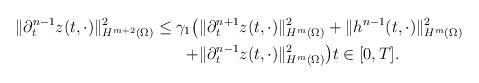
LaTeX: \begin{align*}\|\partial_{t}^{n - 1} z(t, \cdot)\|_{H^{m + 2}(\Omega)}^{2} \leq\gamma_{1} \big(&\|\partial_{t}^{n + 1} z(t, \cdot)\|_{H^{m}(\Omega)}^{2} +\|h^{n - 1}(t, \cdot)\|_{H^{m}(\Omega)}^{2} \\+ &\|\partial_{t}^{n - 1} z(t, \cdot)\|_{H^{m}(\Omega)}^{2}\big) t \in [0, T].\end{align*}